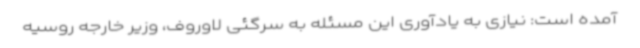
آمده است: نیازی به یادآوری این مسئله به سرگئی لاوروف، وزیر خارجه روسیه